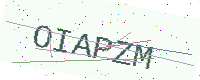
Text: OIAPZM